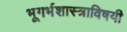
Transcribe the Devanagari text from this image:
भूगर्भशास्त्राविषयी